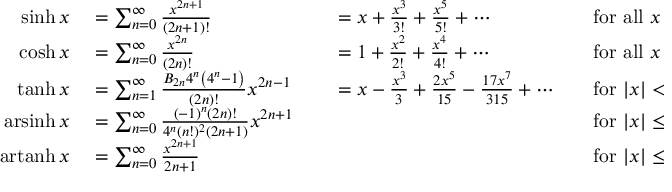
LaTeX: \begin{array} { r l r l r l } { \sinh x } & { { } = \sum _ { n = 0 } ^ { \infty } { \frac { x ^ { 2 n + 1 } } { ( 2 n + 1 ) ! } } } & { } & { { } = x + { \frac { x ^ { 3 } } { 3 ! } } + { \frac { x ^ { 5 } } { 5 ! } } + \cdots } & { } & { { } { \mathrm { f o r ~ a l l ~ } } x } \\ { \cosh x } & { { } = \sum _ { n = 0 } ^ { \infty } { \frac { x ^ { 2 n } } { ( 2 n ) ! } } } & { } & { { } = 1 + { \frac { x ^ { 2 } } { 2 ! } } + { \frac { x ^ { 4 } } { 4 ! } } + \cdots } & { } & { { } { \mathrm { f o r ~ a l l ~ } } x } \\ { \operatorname { t a n h } x } & { { } = \sum _ { n = 1 } ^ { \infty } { \frac { B _ { 2 n } 4 ^ { n } \left( 4 ^ { n } - 1 \right) } { ( 2 n ) ! } } x ^ { 2 n - 1 } } & { } & { { } = x - { \frac { x ^ { 3 } } { 3 } } + { \frac { 2 x ^ { 5 } } { 1 5 } } - { \frac { 1 7 x ^ { 7 } } { 3 1 5 } } + \cdots } & { } & { { } { \mathrm { f o r ~ } } | x | < { \frac { \pi } { 2 } } } \\ { \operatorname { a r s i n h } x } & { { } = \sum _ { n = 0 } ^ { \infty } { \frac { ( - 1 ) ^ { n } ( 2 n ) ! } { 4 ^ { n } ( n ! ) ^ { 2 } ( 2 n + 1 ) } } x ^ { 2 n + 1 } } & { } & { { } } & { } & { { } { \mathrm { f o r ~ } } | x | \leq 1 } \\ { \operatorname { a r t a n h } x } & { { } = \sum _ { n = 0 } ^ { \infty } { \frac { x ^ { 2 n + 1 } } { 2 n + 1 } } } & { } & { { } } & { } & { { } { \mathrm { f o r ~ } } | x | \leq 1 , \ x \neq \pm 1 } \end{array}